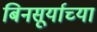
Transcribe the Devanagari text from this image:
बिनसूर्याच्या